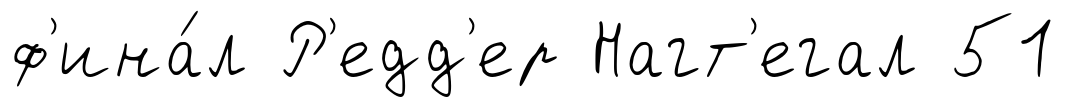
ф'ина́л Р'едд'ер Нагт'егал 51